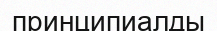
принципиалды